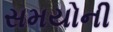
સમયોની